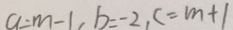
a = m - 1 , b = - 2 , c = m + 1